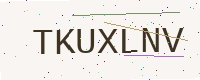
Text: TKUXLNV